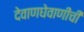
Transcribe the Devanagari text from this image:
देवाणघेवाणीची